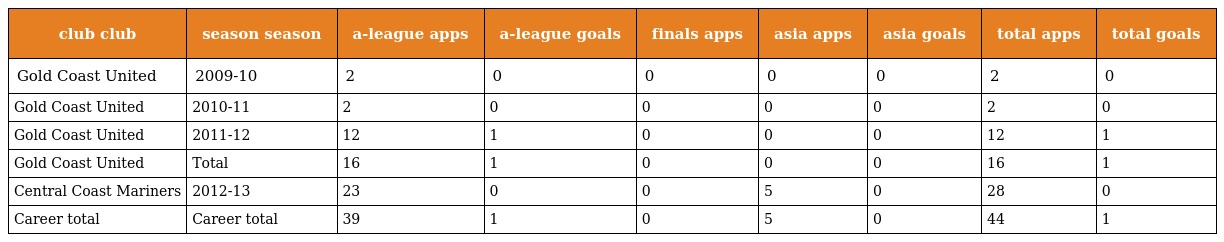
| club club | season season | a-league apps | a-league goals | finals apps | asia apps | asia goals | total apps | total goals |
 | --- | --- | --- | --- | --- | --- | --- | --- | --- |
 | Gold Coast United | 2009-10 | 2 | 0 | 0 | 0 | 0 | 2 | 0 |
 | Gold Coast United | 2010-11 | 2 | 0 | 0 | 0 | 0 | 2 | 0 |
 | Gold Coast United | 2011-12 | 12 | 1 | 0 | 0 | 0 | 12 | 1 |
 | Gold Coast United | Total | 16 | 1 | 0 | 0 | 0 | 16 | 1 |
 | Central Coast Mariners | 2012-13 | 23 | 0 | 0 | 5 | 0 | 28 | 0 |
 | Career total | Career total | 39 | 1 | 0 | 5 | 0 | 44 | 1 |